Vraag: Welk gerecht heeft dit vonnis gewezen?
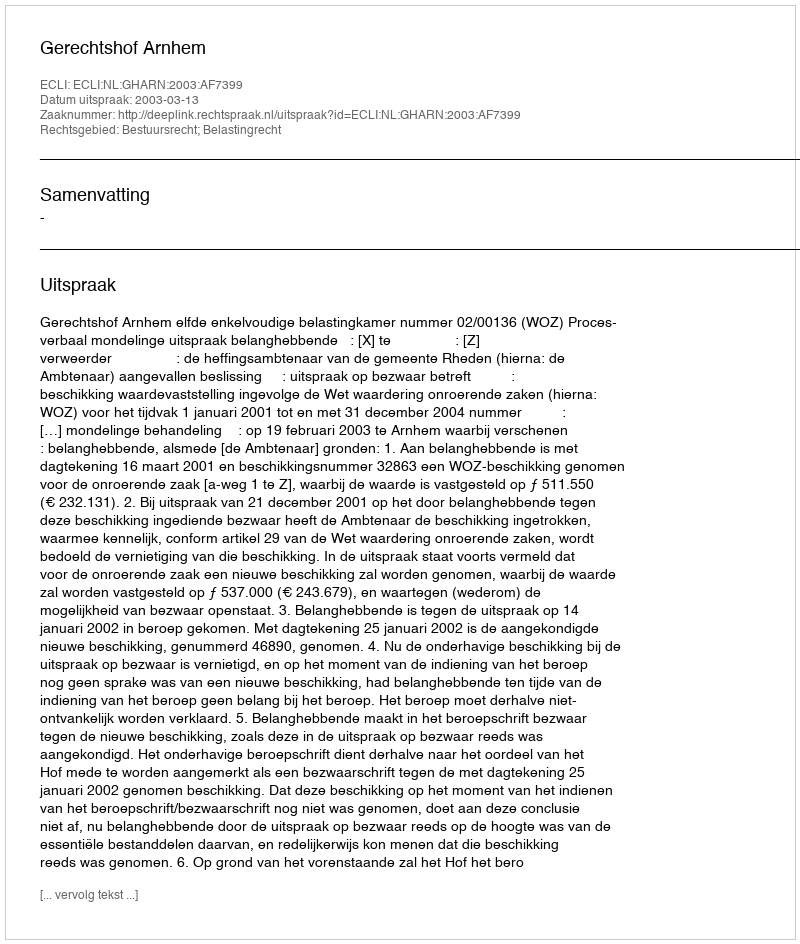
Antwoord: Gerechtshof Arnhem